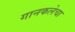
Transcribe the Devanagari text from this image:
गानकलेचा